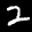
Label: 2